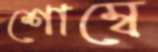
শোম্বে